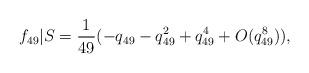
LaTeX: \begin{align*}f_{49}|S = \frac{1}{49}(-q_{49} - q_{49}^2 + q_{49}^4 + O(q_{49}^8)),\end{align*}